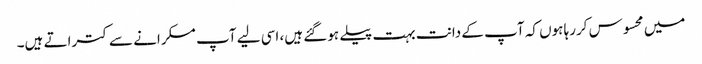
میں محسوس کررہا ہوں کہ آپ کے دانت بہت پیلے ہوگئے ہیں، اسی لیے آپ مسکرانے سے کتراتے ہیں۔